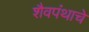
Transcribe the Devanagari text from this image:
शैवपंथाचे